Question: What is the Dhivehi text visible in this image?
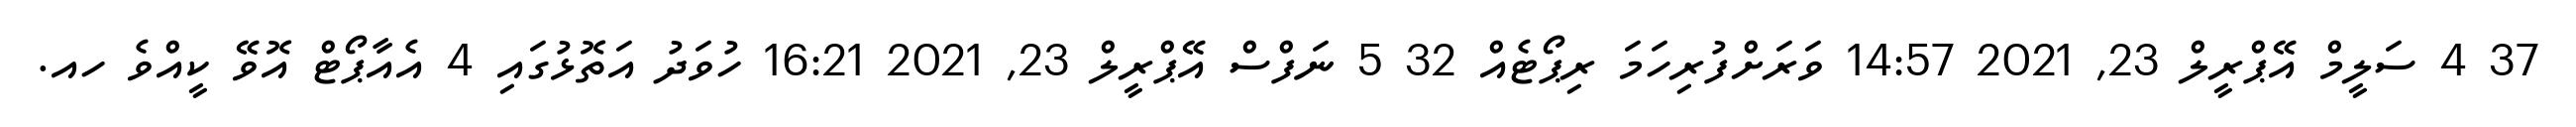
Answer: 37 4 ސަލީމް އޭޕްރީލް 23, 2021 14:57 ވަރަށްފުރިހަމަ ރިޕޯޓެއް 32 5 ނަފްސް އޭޕްރީލް 23, 2021 16:21 ހުވަދު އަތޮޅުގައި 4 އެއާޕޯޓް އޮވޭ ކީއްވެ ހއ.